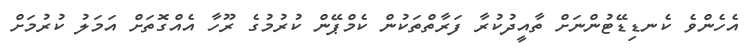
އެހެންވެ ކެނޑިޑޭޓުންނަށް ތާއީދުކުރާ ފަރާތްތަކުން ކެމްޕޭން ކުރުމުގެ ރޫހާ އެއްގޮތަށް އަމަލު ކުރުމަށް